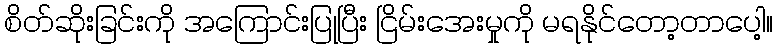
စိတ်ဆိုးခြင်းကို အကြောင်းပြုပြီး ငြိမ်းအေးမှုကို မရနိုင်တော့တာပေါ့။